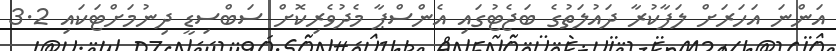
އަންނަ އަހަރަށް ލަފާކުރާ ދައުލަތުގެ ބަޖެޓުގައި އެންސްޕާ މެދުވެރިކޮށް ސަބްސިޑީ ދިނުމަށްޓަކައި 3.2